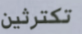
تكترثين